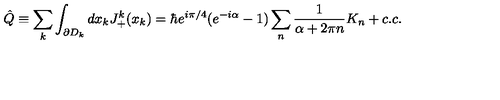
\hat { Q } \equiv \sum _ { k } \int _ { \partial D _ { k } } d x _ { k } J _ { + } ^ { k } ( x _ { k } ) = \hbar e ^ { i \pi / 4 } ( e ^ { - i \alpha } - 1 ) \sum _ { n } \frac { 1 } { \alpha + 2 \pi n } K _ { n } + c . c .